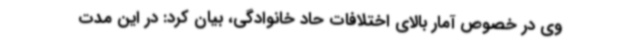
وی در خصوص آمار بالای اختلافات حاد خانوادگی، بیان کرد: در این مدت